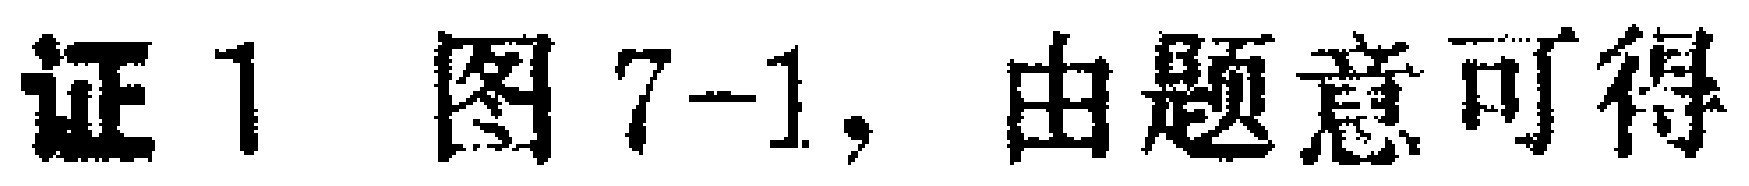
证1 图7-1, 由题意可得